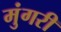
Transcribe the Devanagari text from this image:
मुंगरी